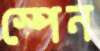
স্পেন